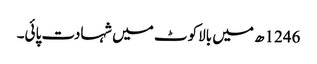
1246ھ میں بالاکوٹ میں شہادت پائی۔